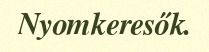
Nyomkeresők.